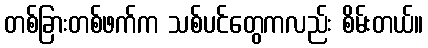
တစ်ခြားတစ်ဖက်က သစ်ပင်တွေကလည်း စိမ်းတယ်။